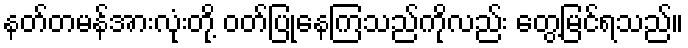
နတ်တမန်အားလုံးတို့ ဝတ်ပြုနေကြသည်ကိုလည်း တွေ့မြင်ရသည်။